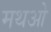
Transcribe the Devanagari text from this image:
मथओ